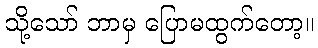
သို့သော် ဘာမှ ပြောမထွက်တော့။